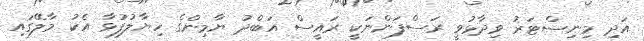
އަދި މިނިސްޓަރު ވިދާޅުވީ ރަސްފަންނަކީ ރައީސް އަބްދު ޔާމިންގެ ހިޔާލުފުޅާ އެކު މާލޭގައި